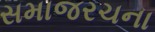
સમાજરચના